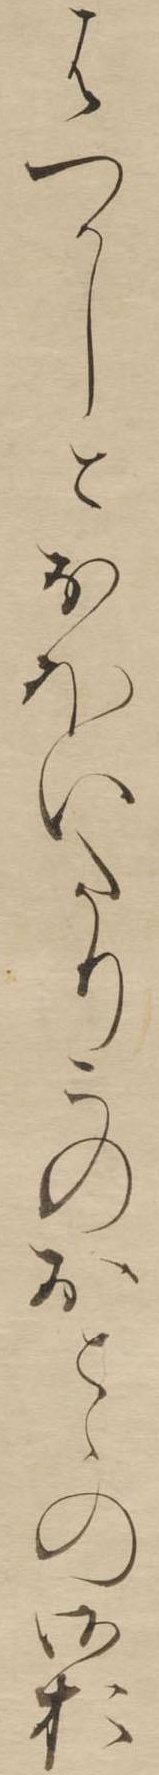
はつかしとおほいたりこのおとゝの御お